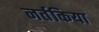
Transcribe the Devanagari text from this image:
नर्तकिया